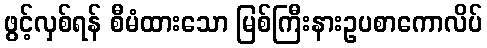
ဖွင့်လှစ်ရန် စီမံထားသော မြစ်ကြီးနားဥပစာကောလိပ်